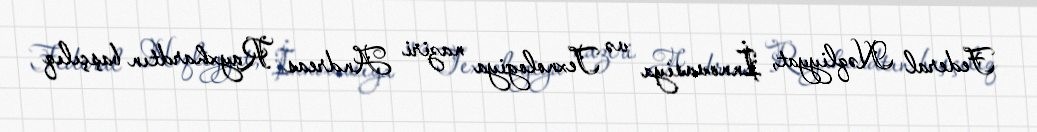
Federal Nəqliyyat, İnnovasiya və Texnologiya naziri Andreas Rayxhardtın başçılıq